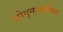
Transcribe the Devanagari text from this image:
शोगुनशाहीच्या